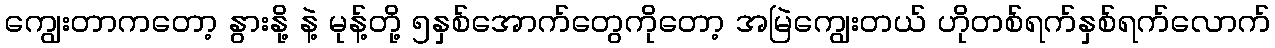
ကျွေးတာကတော့ နွားနို့ နဲ့ မုန့်တို့ ၅နှစ်အောက်တွေကိုတော့ အမြဲကျွေးတယ် ဟိုတစ်ရက်နှစ်ရက်လောက်